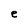
Character: e